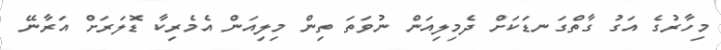
މިހާރުގެ އަގު ގާތްގަނޑަކަށް ދެމިލިއަން ނުވަތަ ތިން މިލިއަން އެމެރިކާ ޑޮލަރަށް އަރާނޭ